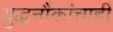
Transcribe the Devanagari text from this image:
युद्धनौकांचाही